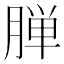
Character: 𬂅